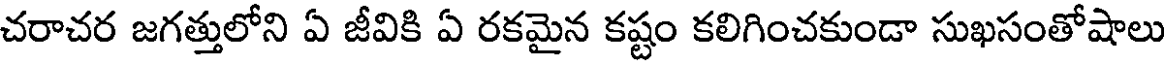
చరాచర జగత్తులోని ఏ జీవికి ఏ రకమైన కష్టం కలిగించకుండా సుఖసంతోషాలు